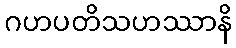
ဂဟပတိသဟဿာနိ